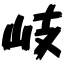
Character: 岐